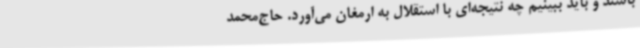
باشند و باید ببینیم چه نتیجه‌ای با استقلال به ارمغان می‌آورد. حاج‌محمد